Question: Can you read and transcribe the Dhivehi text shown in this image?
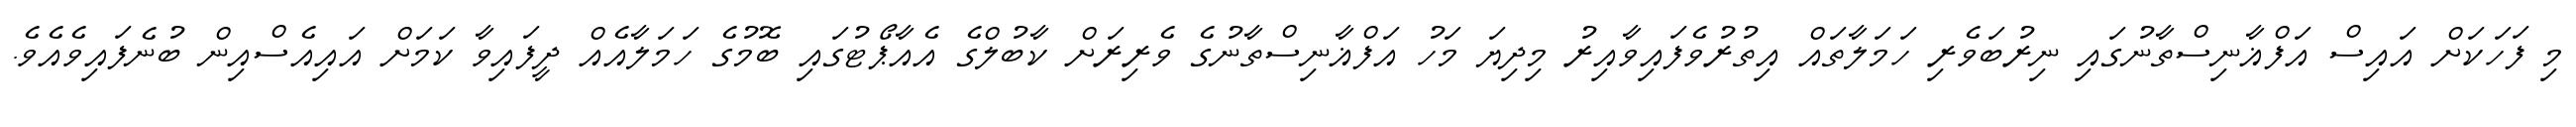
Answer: މި ފަހަކަށް އައިސް އަފްޣާނިސްތާނުގައި ނިރުބަވެރި ހަމަލާތައް އިތުރުވެފައިވާއިރު މިދިޔަ މަހު އަފްޣާނިސްތާނުގެ ވެރިރަށް ކާބުލްގެ އެއާޕޯޓުގައި ބޮމުގެ ހަމަލާއެއް ދީފައިވާ ކަމަށް އައިއެސްއިން ބުނެފައިވެއެވެ.